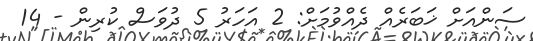
ސަންއަށް ޚަބަރެއް ދެއްވުމަށް: 2 އަހަރު 5 ދުވަސް ކުރިން - 14